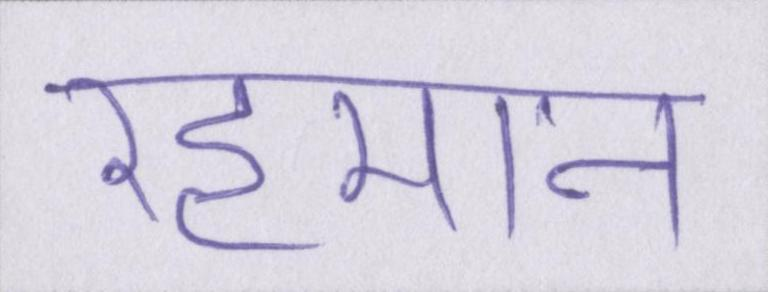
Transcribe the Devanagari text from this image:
रहमान